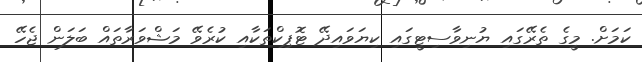
ކަމަށް. މީގެ ތެރޭގައި ޔުނިވާސިޓީގައި ކިޔަވައިދޭ ޓޮޕިކްތަކާއި ކުރެވޭ މަޝްވަރާތައް ބަލަން ޖެހޭ